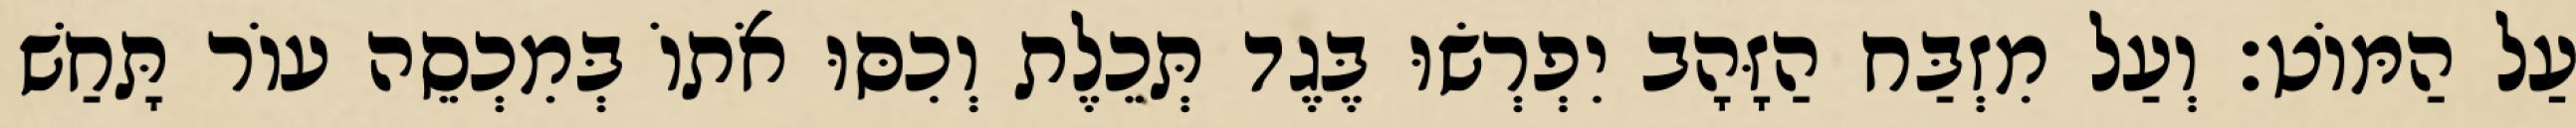
עַל הַמּוֹט׃ וְעַל מִזְבַּח הַזָּהָב יִפְרְשׂוּ בֶּגֶד תְּכֵלֶת וְכִסּוּ אֹתוֹ בְּמִכְסֵה עוֹר תָּחַשׁ